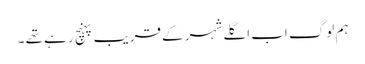
ہم لوگ اب اگلے شہر کے قریب پہنچ رہے تھے ۔